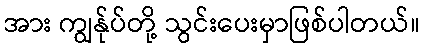
အား ကျွန်ုပ်တို့ သွင်းပေးမှာဖြစ်ပါတယ်။